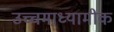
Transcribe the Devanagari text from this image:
उच्चमाध्यामीक